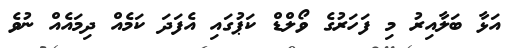
އަޅާ ބަލާއިރު މި ފަހަރުގެ ވޯލްޑް ކަޕުގައި އެފަދަ ކަމެއް ދިމައެއް ނުވެ